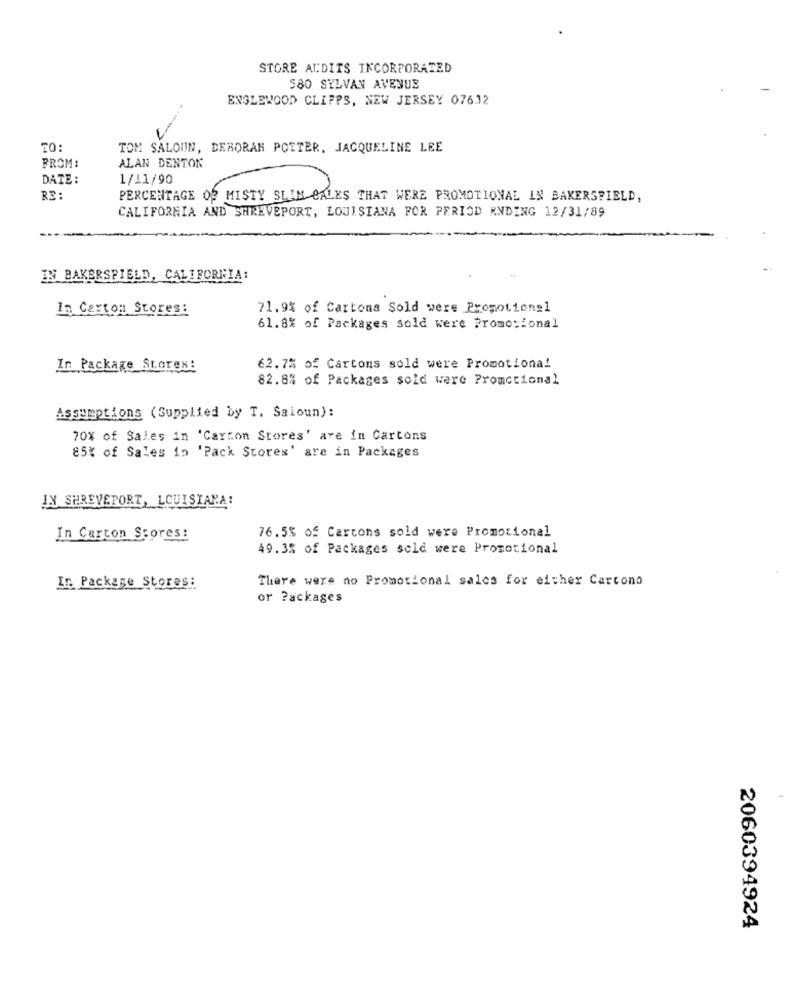
STORE AUDITS INCORPORATED
580 SYLVAN AVENUE
ENGLEWOOD CLIFFS, NEW JERSEY 07612
TO:
TOM SALOUN, DEBORAH POTTER, JACQUELINE LEE
ALAN DENTON
FROM:
DATE:
1/11/90
R3:
PERCENTAGE OF MISTY SLIM CALES THAT WERE PROMOTIONAL IN BAKERSFIELD,
CALIFORNIA AND SHREVEPORT, LOUISIANA FOR PERIOD ANDENG 12/31/89
IN BAKERSFIELD, CALIFORNIA:
In Carton Stores:
71.9% of Cartons Sold were Promotionel
61.8% of Packages sold were Promocional
In Package Stores:
62.7% of Cartons sold were Promotional
82.8% of Packages sold ware Promocional
Assumptions (Supplied by T. Saioun):
70% of Sales in 'Carton Stores' are in Cartons
85% of Sales in 'Pack Stores' are in Packages
IN SHREVEPORT, LOUISIANA!
In Carton Scores:
76.5% of Cartons sold were Promotional
49.3% of Packages sold were Promotional
There were no Promotional sales for either Cartona
In Package Stores:
or Packages
2060394924